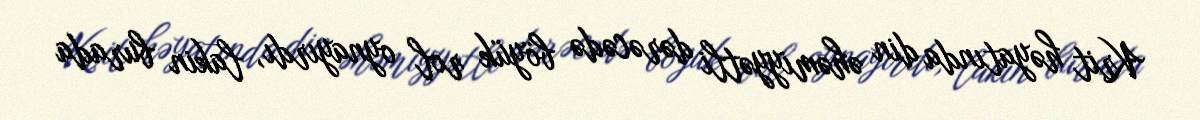
Krit həyatında din əhəmiyyətli dərəcədə böyük rol oynayırdı, lakin burada